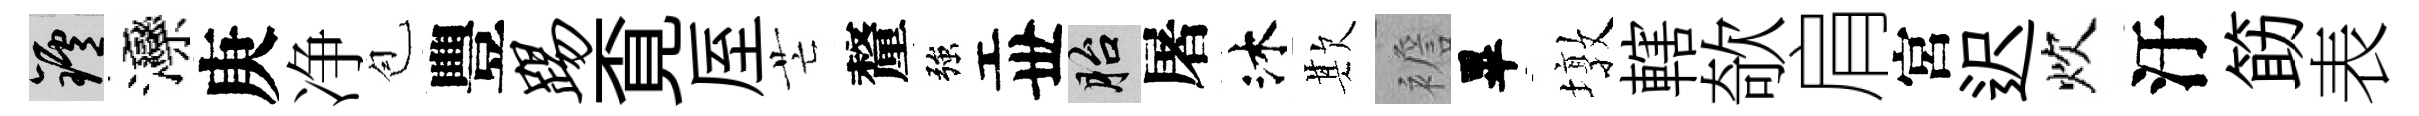
爐灤庚净苞豐踢覔厔芒釐強丗胎屠沐欺襜畢墩轄欹肩宮迟炊汙筯表